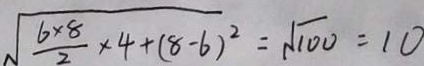
\sqrt { \frac { 6 \times 8 } { 2 } \times 4 + ( 8 - 6 ) ^ { 2 } } = \sqrt { 1 0 0 } = 1 0